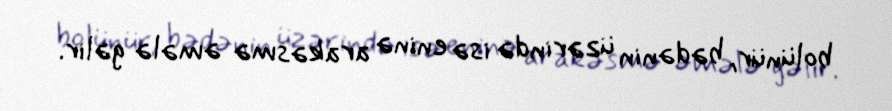
bolünür, bədənin üzərində isə eninə arakəsmə əmələ gəlir.